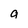
Character: a